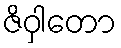
ဇိဝှါတော